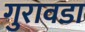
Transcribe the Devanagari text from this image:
गुरावडा